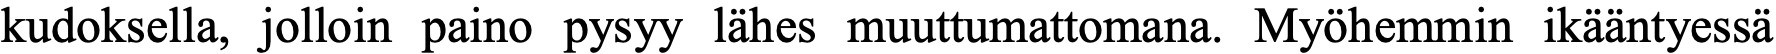
kudoksella, jolloin paino pysyy lähes muuttumattomana. Myöhemmin ikääntyessä